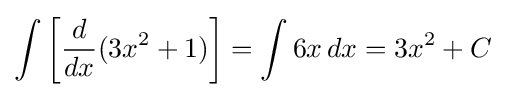
\int \left[{\frac {d}{dx}}(3x^{2}+1)\right]=\int 6x\,dx=3x^{2}+C